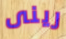
رينى